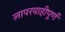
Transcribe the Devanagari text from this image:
लापरवाहीपूर्ण